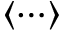
\langle \cdots \rangle